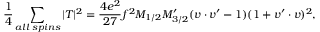
{ \frac { 1 } { 4 } } \sum _ { a l l \; s p i n s } | T | ^ { 2 } = { \frac { 4 e ^ { 2 } } { 2 7 } } f ^ { 2 } M _ { 1 / 2 } M _ { 3 / 2 } ^ { \prime } ( v \cdot v ^ { \prime } - 1 ) ( 1 + v ^ { \prime } \cdot v ) ^ { 2 } ,